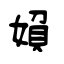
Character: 媍